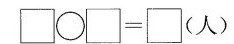
\Box \bigcirc \Box =\Box(人）